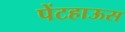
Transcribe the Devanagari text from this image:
पेंटहाऊस